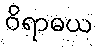
ဝိရာဓယ